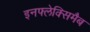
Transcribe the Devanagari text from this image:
इनफ्लेक्सिमैब